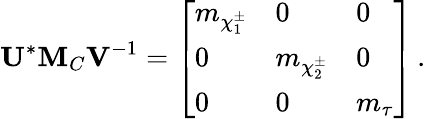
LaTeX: {\mathbf U}^{*}{\mathbf M_{C}}{\mathbf V}^{-1}=\left[\begin{array}{lll}{{m_{\chi_{1}^{\pm}}}}&{{0}}&{{0}}\\ {{0}}&{{m_{\chi_{2}^{\pm}}}}&{{0}}\\ {{0}}&{{0}}&{{m_{\tau}}}\end{array}\right]\, .